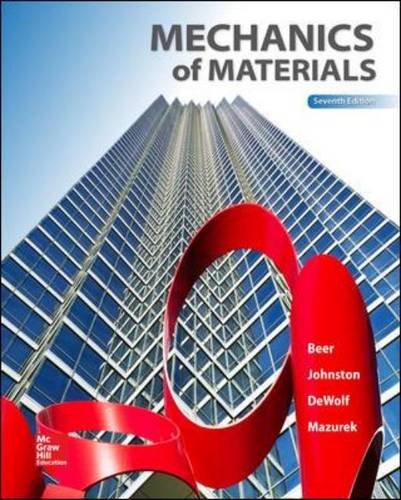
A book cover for Mechanics of Materials, 7th Edition; Ferdinand P. Beer; Engineering & Transportation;